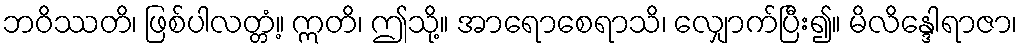
ဘဝိဿတိ၊ ဖြစ်ပါလတ္တံ့။ ဣတိ၊ ဤသို့။ အာရောစေရာသိ၊ လျှောက်ပြီး၍။ မိလိန္ဒေါရာဇာ၊